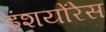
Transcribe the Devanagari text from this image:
इंशयोंरेस